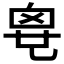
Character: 𠃼